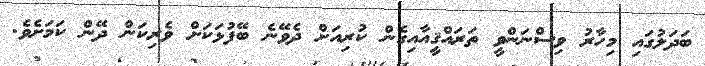
ބަދަލުގައި މިހާރު ވިސްނަންވީ ތަރައްޤީއާއިގެން ކުރިއަށް ދެވޭނެ ބޭފުޅަކަށް ވެރިކަން ދޭން ކަމަށެވެ.